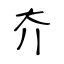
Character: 夰